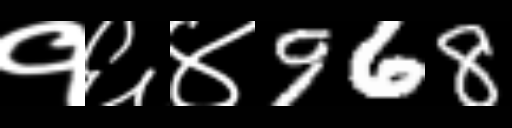
Text: १६४968